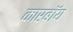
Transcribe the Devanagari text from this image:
कारबॉय